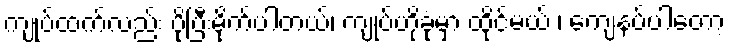
ကျုပ်ထက်လည်း ပိုပြီးမိုက်ပါတယ်၊ ကျုပ်ဟိုခုံမှာ ထိုင်မယ် ၊ ကျေနပ်ပါတော့